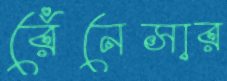
রেঁনেসার